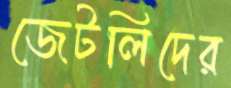
জেটলিদের